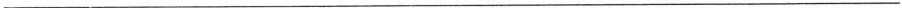
___